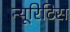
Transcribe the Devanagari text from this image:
न्यूरिटिस